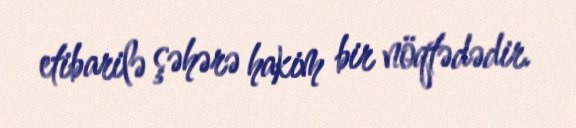
etibarilə şəhərə hakim bir nöqtədədir.